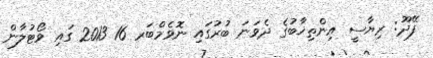
ފޭދޫ: ރިޔާސީ އިންތިޚާބުގެ ދެވަނަ ބުރުގައި ނޮވެމްބަރ 16 2013 ގައި ވޯޓުލާން